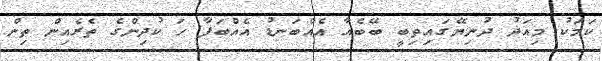
ކަމަކު މިއަދު ދުނިޔޭގައިތިބީ ބޭބެއާ އެއްބަނޑު އެއްބަފާ ހަ ކުދިންގެެ ތެރެއިން ތިން